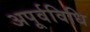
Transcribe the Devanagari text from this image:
अपूर्वविधि